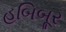
હબિબૂર